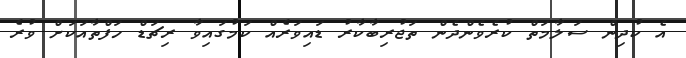
އެ ކުދިން ސަލާމަތް ކުރެވެންދެން ތަޖުރިބާކާރު ޑައިވަރެއް ކަމުގައިވާ ރިޗަޑް ހަފްތާއަކަށް ވުރެ